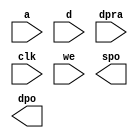
module rf_dist_cm4(
	a,
	d,
	dpra,
	clk,
	we,
	spo,
	dpo);


input [6 : 0] a;
input [31 : 0] d;
input [6 : 0] dpra;
input clk;
input we;
output [31 : 0] spo;
output [31 : 0] dpo;

// synthesis translate_off

      DIST_MEM_GEN_V4_1 #(
		.C_ADDR_WIDTH(7),
		.C_DEFAULT_DATA("0"),
		.C_DEPTH(128),
		.C_HAS_CLK(1),
		.C_HAS_D(1),
		.C_HAS_DPO(1),
		.C_HAS_DPRA(1),
		.C_HAS_I_CE(0),
		.C_HAS_QDPO(0),
		.C_HAS_QDPO_CE(0),
		.C_HAS_QDPO_CLK(0),
		.C_HAS_QDPO_RST(0),
		.C_HAS_QDPO_SRST(0),
		.C_HAS_QSPO(0),
		.C_HAS_QSPO_CE(0),
		.C_HAS_QSPO_RST(0),
		.C_HAS_QSPO_SRST(0),
		.C_HAS_SPO(1),
		.C_HAS_SPRA(0),
		.C_HAS_WE(1),
		.C_MEM_INIT_FILE("rf_dist_cm4.mif"),
		.C_MEM_TYPE(2),
		.C_PARSER_TYPE(1),
		.C_PIPELINE_STAGES(0),
		.C_QCE_JOINED(0),
		.C_QUALIFY_WE(0),
		.C_READ_MIF(1),
		.C_REG_A_D_INPUTS(0),
		.C_REG_DPRA_INPUT(0),
		.C_SYNC_ENABLE(1),
		.C_WIDTH(32))
	inst (
		.A(a),
		.D(d),
		.DPRA(dpra),
		.CLK(clk),
		.WE(we),
		.SPO(spo),
		.DPO(dpo),
		.SPRA(),
		.I_CE(),
		.QSPO_CE(),
		.QDPO_CE(),
		.QDPO_CLK(),
		.QSPO_RST(),
		.QDPO_RST(),
		.QSPO_SRST(),
		.QDPO_SRST(),
		.QSPO(),
		.QDPO());


// synthesis translate_on


endmodule